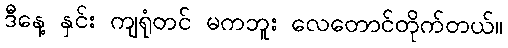
ဒီနေ့ နှင်း ကျရုံတင် မကဘူး လေတောင်တိုက်တယ်။